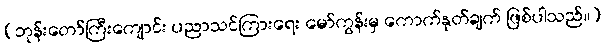
(ဘုန်းတော်ကြီးကျောင်း ပညာသင်ကြားရေး မော်ကွန်းမှ ကောက်နုတ်ချက် ဖြစ်ပါသည်။)